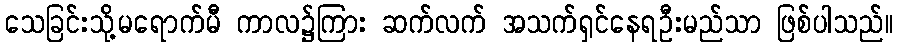
သေခြင်းသို့မရောက်မီ ကာလ၌ကြား ဆက်လက် အသက်ရှင်နေရဦးမည်သာ ဖြစ်ပါသည်။